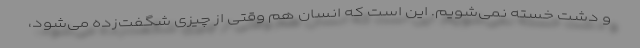
و دشت خسته نمی‌شویم. این است که انسان هم وقتی از چیزی شگفت‌زده می‌شود،